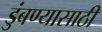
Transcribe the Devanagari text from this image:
डुंबण्यासाठी